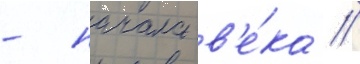
- начала в'е́ка //